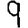
Digit: 9